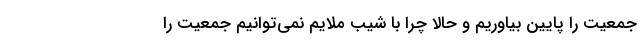
جمعیت را پایین بیاوریم و حالا چرا با شیب ملایم نمی‌توانیم جمعیت را